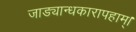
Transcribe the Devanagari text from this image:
जाड्यान्धकारापहाम्‌।